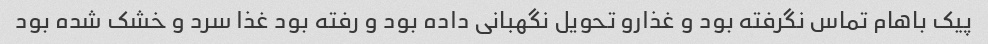
پیک باهام تماس نگرفته بود و غذارو تحویل نگهبانی داده بود و رفته بود غذا سرد و خشک شده بود